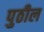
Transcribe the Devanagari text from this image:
पुठील